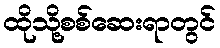
ထိုသို့စစ်ဆေးရာတွင်